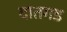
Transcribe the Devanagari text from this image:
दातगड